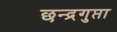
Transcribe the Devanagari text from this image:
छन्द्रगुप्ता